Vaccination North-Western Provinces 1866-1877 - 1866-1877
Year: 1866
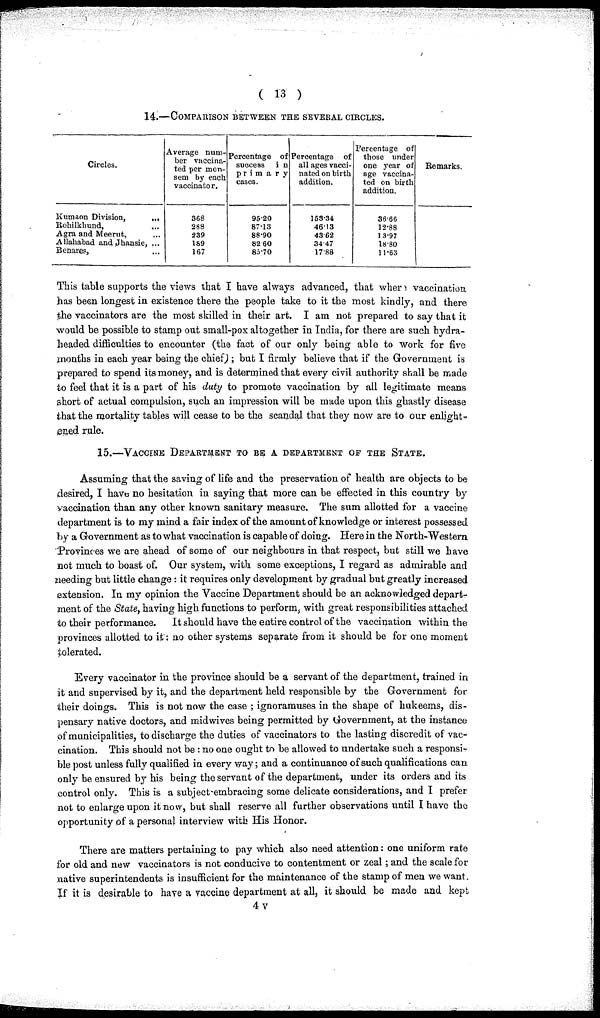
( 13 )
14.—COMPARISON BETWEEN THE SEVERAL CIRCLES.
Circles.
Kumaon Division,
...
Rohilkhund, ...
Agra and Meerut, ...
Allahabad and Jhansie, ...
Benares, ...
Average n u mb e r vaccina-
ted per men-
sem by each
vaccinateor.
368
288
239
189
167
Percentage of
success
in
primary
cases.
95.20
87.13
88.90
82.60
85.70
Percentage of
all ages vacci-
nated on birth
addition.
153.34
46.13
43.62
34.47
17.88
Percentage of
those under
one year of
age vaccina-
ted on birth
addition.
36.66
12.88
13.97
18.80
11.63
Remarks.
This table supports the views that I have always advanced, that where vaccination
has been longest in existence there the people take to it the most kindly, and there
the vaccinators are the most skilled in their art. I am not prepared to say that it
would be possible to stamp out small-pox altogether in India, for there are such hydra-
headed difficulties to encounter (the fact of our only being able to work for five
months in each year being the chief); but I firmly believe that if the Government is
prepared to spend its money, and is determined that every civil authority shall be made
to feel that it is a part of his duty to promote vaccination by all legitimate means
short of actual compulsion, such an impression will be made upon this ghastly disease
that the mortality tables will cease to be the scandal that they now are to our enlight-
ened rule.
15.—VACCINE DEPARTMENT TO BE A DEPARTMENT OF THE STATE.
Assuming that the saving of life and the preservation of health are objects to be
desired, I have no hesitation in saying that more can be effected in this country by
vaccination than any other known sanitary measure. The sum allotted for a vaccine
department is to my mind a fair index of the amount of knowledge or interest possessed
by a Government as to what vaccination is capable of doing. Here in the North-Western
Provinces we are ahead of some of our neighbours in that respect, but still we have
not much to boast of. Our system, with some exceptions, I regard as admirable and
needing but little change : it requires only development by gradual but greatly increased
extension. In my opinion the Vaccine Department should be an acknowledged depart-
ment of the State, having high functions to perform, with great responsibilities attached
to their performance.
It should have the entire control of the vaccination within the
provinces allotted to it: no other systems separate from it should be for one moment
tolerated.
Every vaccinator in the province should be a servant of the department, trained in
it and supervised by it, and the department held responsible by the Government for
their doings. This is not now the case ; ignoramuses in the shape of hukeems, dis-
pensary native doctors, and midwives being permitted by Government, at the instance
of municipalities, to discharge the duties of vaccinators to the lasting discredit of vac-
cination. This should not be: no one ought to be allowed to undertake such a responsi-
ble post unless fully qualified in every way; and a continuance of such qualifications can
only be ensured by his being the servant of the department, under its orders and its
control only. This is a subject embracing some delicate considerations, and I prefer
not to enlarge upon it now, but shall reserve all further observations until I have the
opportunity of a personal interview with His Honor.
There are matters pertaining to pay which also need attention: one uniform rate
for old and new vaccinators is not conducive to contentment or zeal; and the scale for
native superintendents is insufficient for the maintenance of the stamp of men we want.
If it is desirable to have a vaccine department at all, it should be made and kept
4v